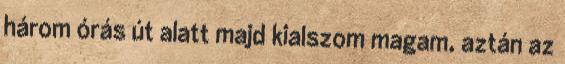
három órás út alatt majd kialszom magam, aztán az